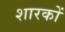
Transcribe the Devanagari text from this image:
शारकों